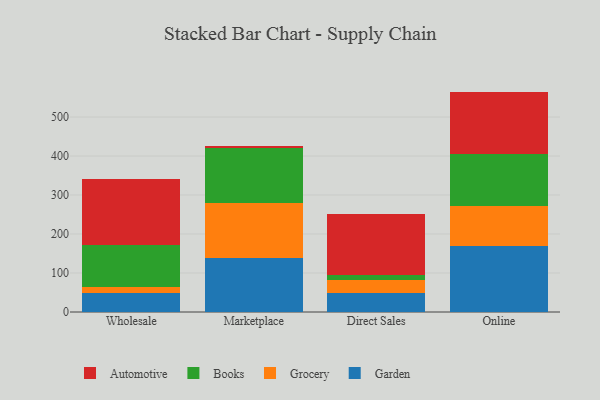
{"axis": {"x": "Channel", "y": "Backlog"}, "legend": ["Automotive", "Books", "Garden", "Grocery"], "data": [{"x": "Wholesale", "y": 48.9, "type": "Garden"}, {"x": "Wholesale", "y": 15.3, "type": "Grocery"}, {"x": "Wholesale", "y": 107.1, "type": "Books"}, {"x": "Wholesale", "y": 170.0, "type": "Automotive"}, {"x": "Marketplace", "y": 139.2, "type": "Garden"}, {"x": "Marketplace", "y": 140.9, "type": "Grocery"}, {"x": "Marketplace", "y": 139.2, "type": "Books"}, {"x": "Marketplace", "y": 7.3, "type": "Automotive"}, {"x": "Direct Sales", "y": 49.3, "type": "Garden"}, {"x": "Direct Sales", "y": 33.0, "type": "Grocery"}, {"x": "Direct Sales", "y": 11.5, "type": "Books"}, {"x": "Direct Sales", "y": 158.7, "type": "Automotive"}, {"x": "Online", "y": 170.3, "type": "Garden"}, {"x": "Online", "y": 102.6, "type": "Grocery"}, {"x": "Online", "y": 131.9, "type": "Books"}, {"x": "Online", "y": 160.4, "type": "Automotive"}]}